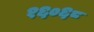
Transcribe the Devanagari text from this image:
१६०६८